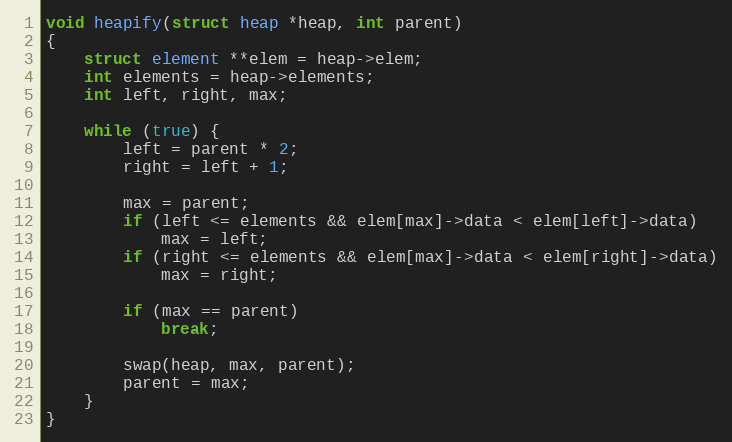
Language: C
void heapify(struct heap *heap, int parent)
{
	struct element **elem = heap->elem;
	int elements = heap->elements;
	int left, right, max;

	while (true) {
		left = parent * 2;
		right = left + 1;

		max = parent;
		if (left <= elements && elem[max]->data < elem[left]->data)
			max = left;
		if (right <= elements && elem[max]->data < elem[right]->data)
			max = right;

		if (max == parent)
			break;

		swap(heap, max, parent);
		parent = max;
	}
}